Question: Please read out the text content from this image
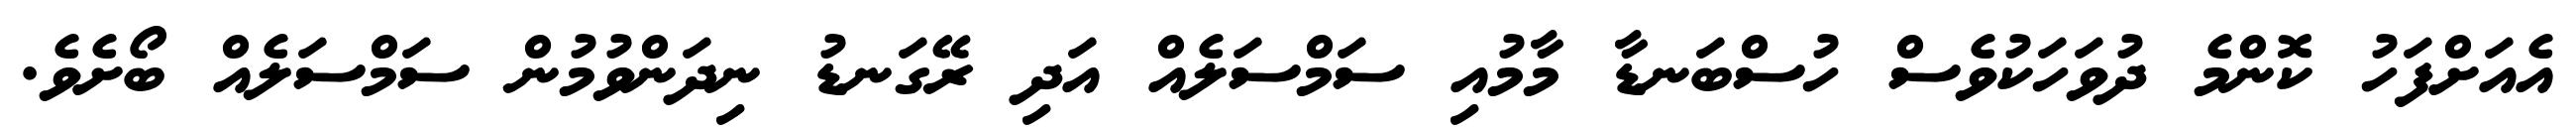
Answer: އެއަށްފަހު ކޮންމެ ދުވަހަކުވެސް ހުސްބަނޑާ މާމުއި ސަމްސަލެއް އަދި ރޭގަނޑު ނިދަންވުމުން ސަމްސަލެއް ބޯށެވެ.